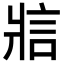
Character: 𪺞